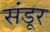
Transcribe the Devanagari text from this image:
संडूर